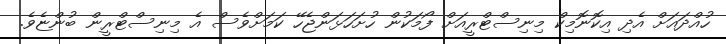
ހުއްދައަށް އެދި އިކޮނޮމިކް މިނިސްޓްރީއަށް ފޯމަކުން ހުށަހަޅަންޖެހޭ ކަމަށްވެސް އެ މިނިސްޓްރީން ބުންޏެވެ.